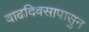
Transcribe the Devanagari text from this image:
वाढदिवसापासुन